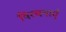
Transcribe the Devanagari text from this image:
विरचनाएँ